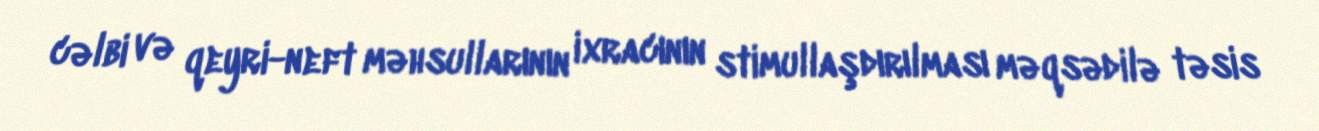
cəlbi və qeyri-neft məhsullarının ixracının stimullaşdırılması məqsədilə təsis